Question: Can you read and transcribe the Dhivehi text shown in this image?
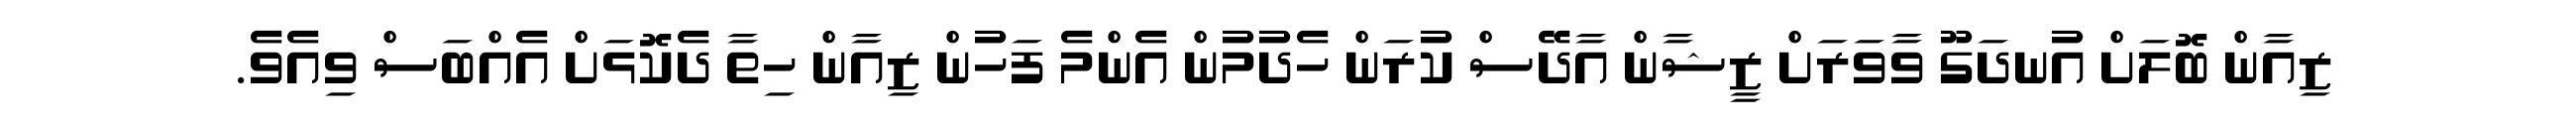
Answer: ޒިއާން ބޮލަށް އުނދަގޫ ވާވަރަށް ޒީޝާން އާދޭސް ކުރަން ހެދުމުން އެންމެ ފަހުން ޒިއާން ހިތާ ދެކޮޅަށް އެއްބަސް ވިއެވެ.